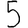
Digit: 5